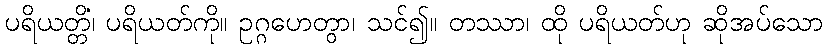
ပရိယတ္တိံ၊ ပရိယတ်ကို။ ဥဂ္ဂဟေတွာ၊ သင်၍။ တဿာ၊ ထို ပရိယတ်ဟု ဆိုအပ်သော